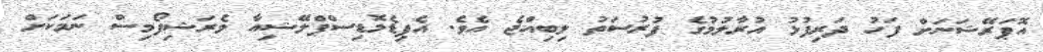
އޮޕަރޭޝަނަށް ފަހު ދަރިފުޅު އުރާލުމުގެ ފުރުސަތު ލިބިއްޖެ އެވެ. އެޕިޑެމޮޑިސްޕްލޭޝިއާ ވެރަޝިފޯމިސް ނަމަކަށް